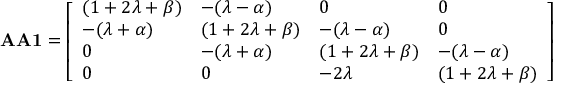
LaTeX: \mathbf { A A 1 } = { \left[ \begin{array} { l l l l } { ( 1 + 2 \lambda + \beta ) } & { - ( \lambda - \alpha ) } & { 0 } & { 0 } \\ { - ( \lambda + \alpha ) } & { ( 1 + 2 \lambda + \beta ) } & { - ( \lambda - \alpha ) } & { 0 } \\ { 0 } & { - ( \lambda + \alpha ) } & { ( 1 + 2 \lambda + \beta ) } & { - ( \lambda - \alpha ) } \\ { 0 } & { 0 } & { - 2 \lambda } & { ( 1 + 2 \lambda + \beta ) } \end{array} \right] }